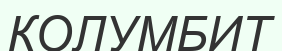
КОЛУМБИТ